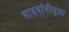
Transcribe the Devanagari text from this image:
यादवांनीसुद्धा